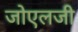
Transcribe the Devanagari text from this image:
जोएलजी